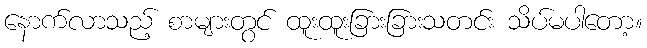
နောက်လာသည့် စာများတွင် ထူးထူးခြားခြားသတင်း သိပ်မပါတော့။